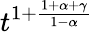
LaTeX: t^{1+\frac{1+\alpha+\gamma}{1-\alpha}}